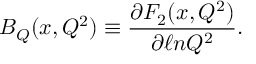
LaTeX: B _ { Q } ( x , Q ^ { 2 } ) \equiv \frac { \partial F _ { 2 } ( x , Q ^ { 2 } ) } { \partial \ell n Q ^ { 2 } } .